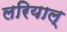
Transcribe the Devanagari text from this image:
लरियाल्